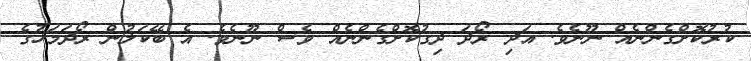
ކުރުކޮށްގެންނެއް ނޫނެވެ. އަދި ރޯދަ ދިގުކޮށްގެންނެއް ވެސް ނޫނެވެ. އެ ބޭކަލުން ރޯދަމަހުގެ